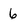
Character: 6